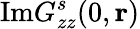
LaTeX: \mathrm{Im}G_{zz}^{s}(0,{\mathbf r})